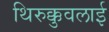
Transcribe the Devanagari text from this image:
थिरुक्कुवलाई